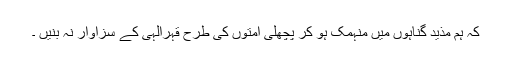
کہ ہم مذید گناہوں میں منہمک ہو کر پچھلی امتوں کی طرح قہرِالہی کے سزاوار نہ بنیں ۔